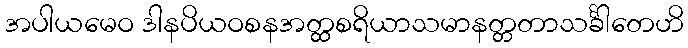
အပါယမေဝ ဒါနပိယဝစနအတ္ထစရိယာသမာနတ္တတာသင်္ခါတေဟိ